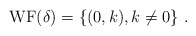
\begin{align*}\mathrm{WF}(\delta)=\{(0,k),k\neq 0\}\ .\end{align*}